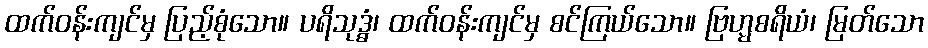
ထက်ဝန်းကျင်မှ ပြည့်စုံသော။ ပရိသုဒ္ဓံ၊ ထက်ဝန်းကျင်မှ စင်ကြယ်သော။ ဗြဟ္မစရိယံ၊ မြတ်သော